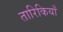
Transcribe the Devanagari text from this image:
तारिकियाँ